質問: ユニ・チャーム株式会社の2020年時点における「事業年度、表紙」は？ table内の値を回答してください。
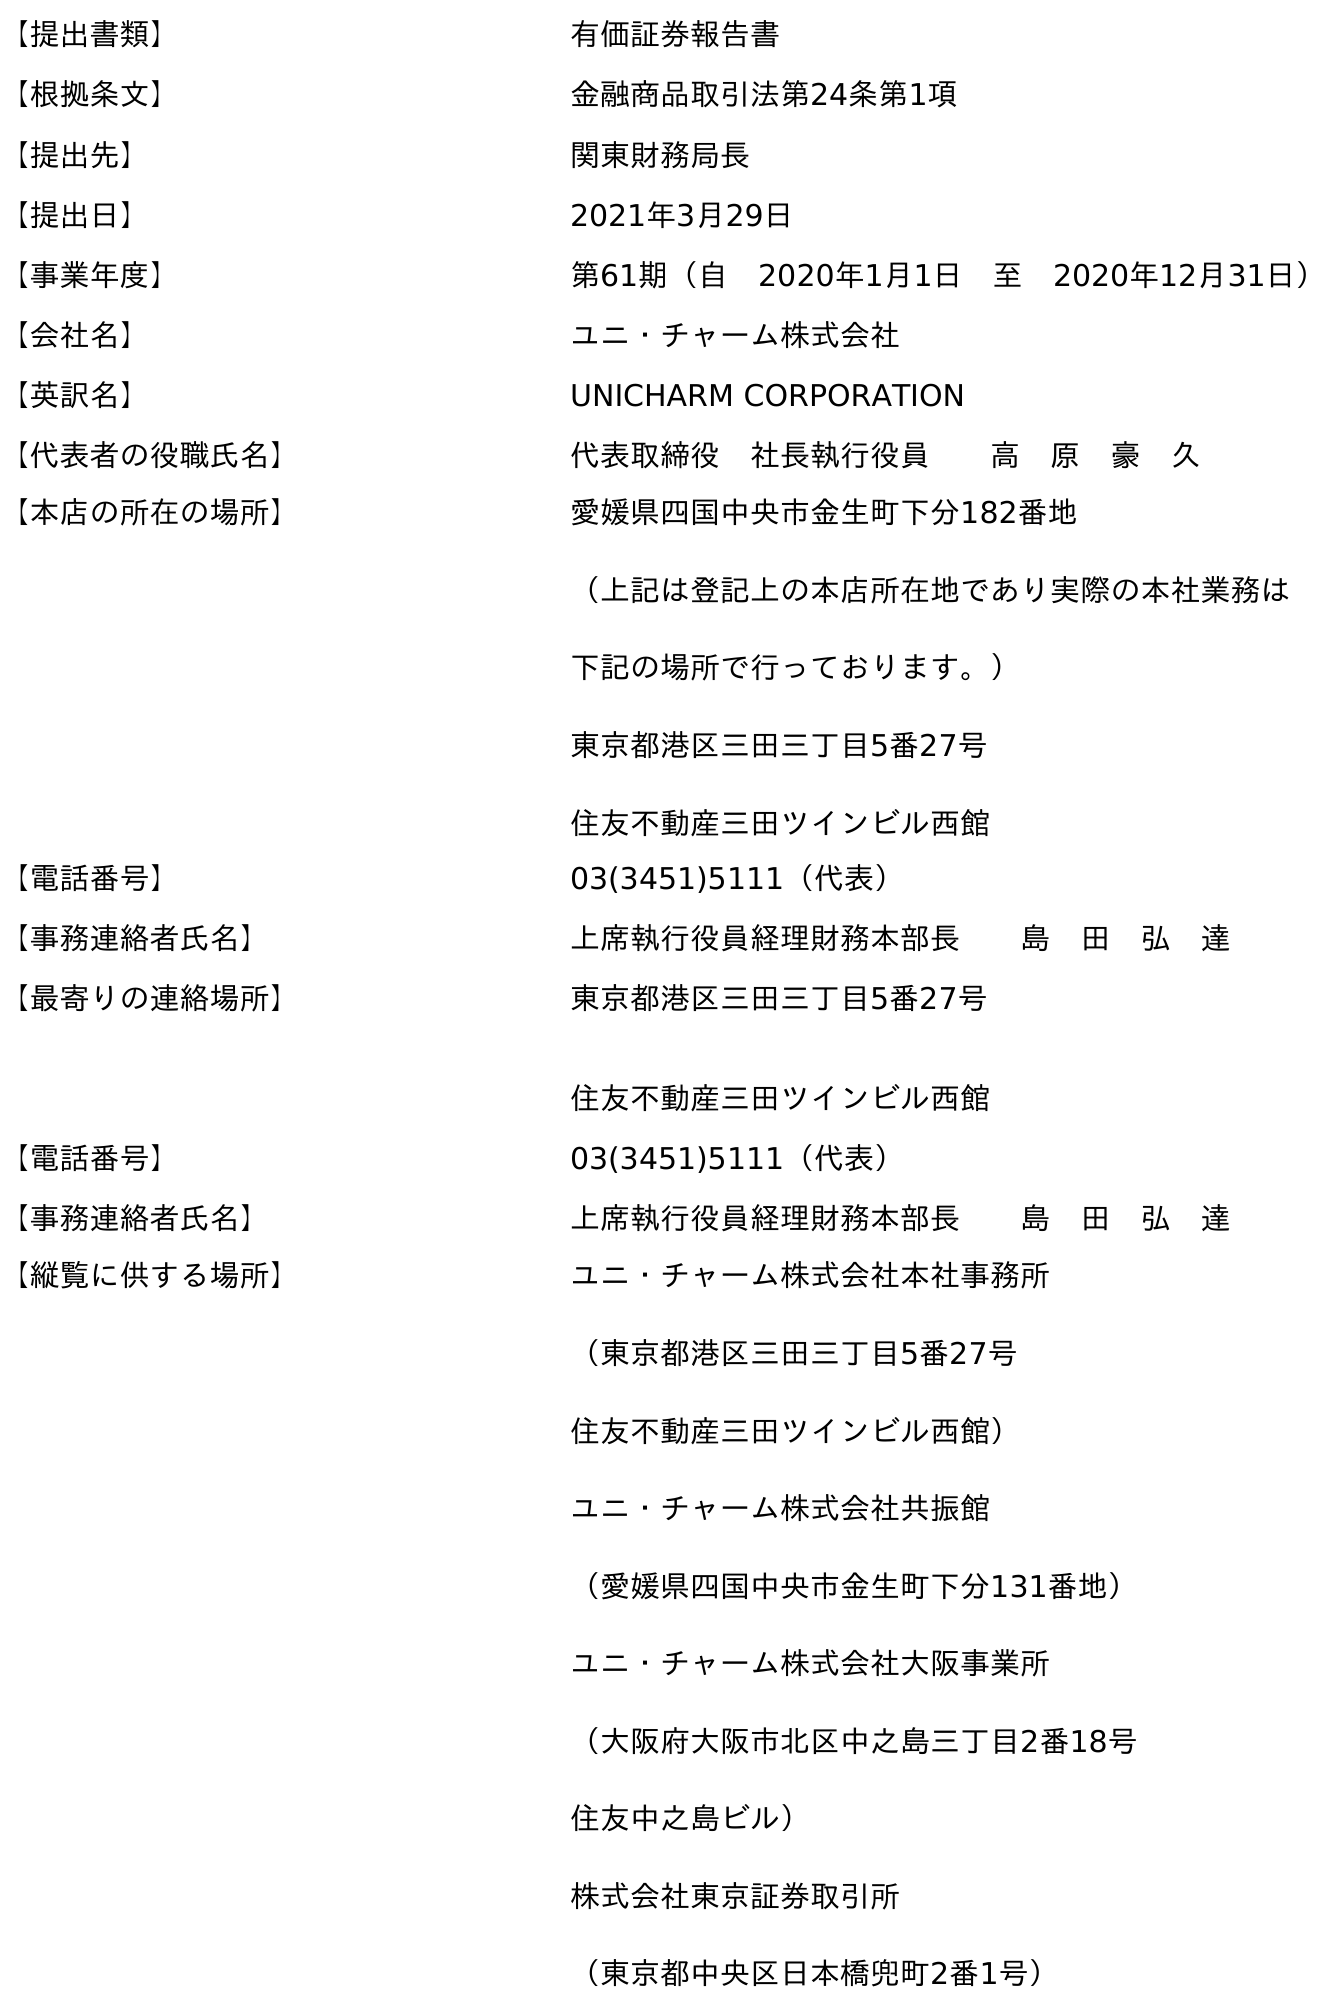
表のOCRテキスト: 【提出書類】 有価証券報告書 【根拠条文】 金融商品取引法第24条第1項 【提出先】 関東財務局長 【提出日】 2021年3月29日 【事業年度】 第61期（自 2020年1月1日 至 2020年12月31日） 【会社名】 ユニ・チャーム株式会社 【英訳名】 UNICHARM CORPORATION 【代表者の役職氏名】 代表取締役 社長執行役員  高 原 豪 久 【本店の所在の場所】 愛媛県四国中央市金生町下分182番地 （上記は登記上の本店所在地であり実際の本社業務は 下記の場所で行っております。） 東京都港区三田三丁目5番27号 住友不動産三田ツインビル西館 【電話番号】 03(3451)5111（代表） 【事務連絡者氏名】 上席執行役員経理財務本部長  島 田 弘 達 【最寄りの連絡場所】 東京都港区三田三丁目5番27号 住友不動産三田ツインビル西館 【電話番号】 03(3451)5111（代表） 【事務連絡者氏名】 上席執行役員経理財務本部長  島 田 弘 達 【縦覧に供する場所】 ユニ・チャーム株式会社本社事務所 （東京都港区三田三丁目5番27号 住友不動産三田ツインビル西館） ユニ・チャーム株式会社共振館 （愛媛県四国中央市金生町下分131番地） ユニ・チャーム株式会社大阪事業所 （大阪府大阪市北区中之島三丁目2番18号 住友中之島ビル） 株式会社東京証券取引所 （東京都中央区日本橋兜町2番1号）
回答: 第61期（自　2020年1月1日　至　2020年12月31日）